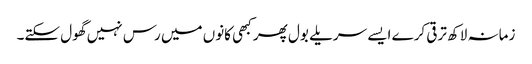
زمانہ لاکھ ترقی کرے ایسے سریلے بول پھر کبھی کانوں میں رس نہیں گھول سکتے۔